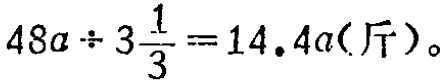
\(48a\div 3\frac{1}{3}=14.4a(斤)\)。